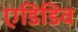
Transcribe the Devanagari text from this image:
एडिडिव